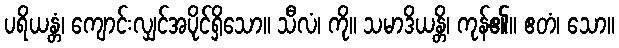
ပရိယန္တံ၊ ကျောင်းလျှင်အပိုင်ရှိသော။ သီလံ၊ ကို။ သမာဒိယန္တိ၊ ကုန်၏။ ဧတံ၊ သော။